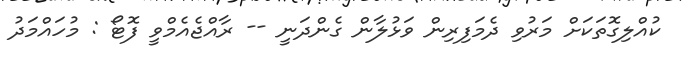
ކުއްލިގޮތަކަށް މަރުވި ދެމަފިރިން ވަޅުލާން ގެންދަނީ -- ރާއްޖެއެމްވީ ފޮޓޯ : މުހައްމަދު